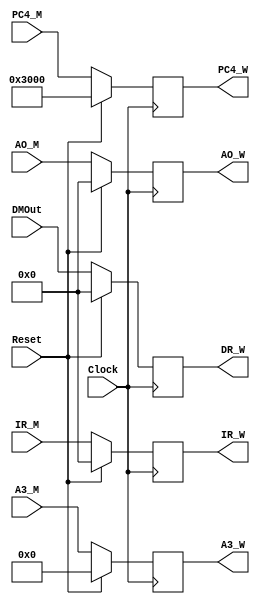
`timescale 1ns / 1ps
//////////////////////////////////////////////////////////////////////////////////
// Company: 
// Engineer: 
// 
// Design Name: 
// Module Name:    Reg_W 
// Project Name: 
// Target Devices: 
// Tool versions: 
// Description: 
//
// Dependencies: 
//
// Revision: 
// Revision 0.01 - File Created
// Additional Comments: 
//
//////////////////////////////////////////////////////////////////////////////////
module Reg_W(
    input Clock,
    input Reset,
    input [31:0] IR_M,
    input [4:0] A3_M,
    input [31:0] AO_M,
    input [31:0] PC4_M,
    input [31:0] DMOut,
	output reg [31:0] IR_W,
    output reg [4:0] A3_W,
    output reg [31:0] PC4_W,
    output reg [31:0] AO_W,
    output reg [31:0] DR_W
    );
	
	always @ (posedge Clock) begin
		if(Reset == 1) begin
			IR_W	<= 0;
			A3_W	<= 0;
			PC4_W	<= 32'h0000_3000;
			AO_W	<= 0;
			DR_W	<= 0;
		end
		else begin
			IR_W	<= IR_M;
			A3_W	<= A3_M;
			PC4_W	<= PC4_M;
			AO_W	<= AO_M;
			DR_W	<= DMOut;
		end
	end

endmodule